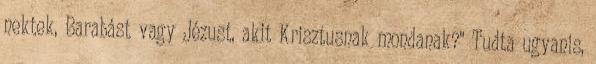
nektek, Barabást vagy Jézust, akit Krisztusnak mondanak?'' Tudta ugyanis,